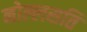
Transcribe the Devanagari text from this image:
नोल्लसति